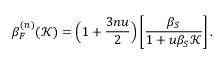
\beta _ { F } ^ { ( n ) } ( \mathcal { K } ) = \Big ( 1 + \frac { 3 n u } { 2 } \Big ) \left[ \frac { \beta _ { S } } { 1 + u \beta _ { S } \mathcal { K } } \right] .